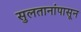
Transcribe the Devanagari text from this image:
सुलतानांपासून